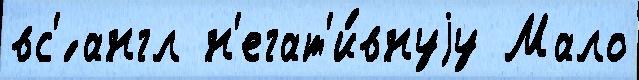
вс'́ англ н'егат'и́внуjу Мало